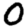
Digit: 0